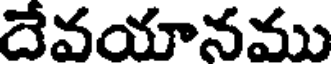
దేవయానము